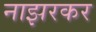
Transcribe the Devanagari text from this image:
नाझरकर